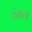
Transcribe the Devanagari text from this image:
टंकली